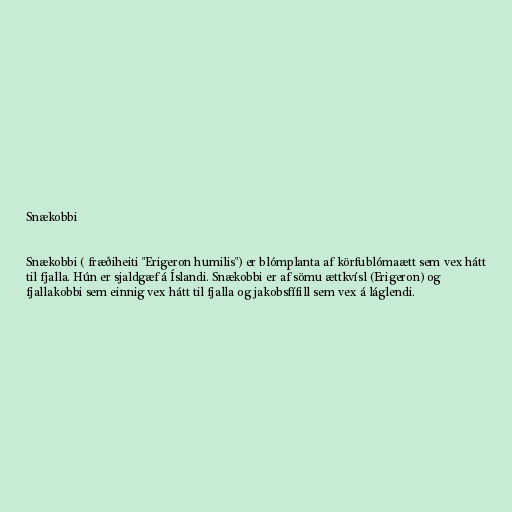
Snækobbi

Snækobbi ( fræðiheiti "Erigeron humilis") er blómplanta af körfublómaætt sem vex hátt
til fjalla. Hún er sjaldgæf á Íslandi. Snækobbi er af sömu ættkvísl (Erigeron) og
fjallakobbi sem einnig vex hátt til fjalla og jakobsfífill sem vex á láglendi.